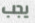
يجب